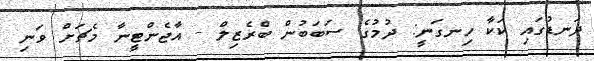
ދަނޑުގައި ކަކާ ހިނގަނީ: ދުމުގެ ސަބަބުން ބްރެޒިލް - އާޖެންޓީނާ މެޗަށް ވަނި